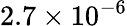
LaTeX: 2.7\times 10^{-6}